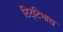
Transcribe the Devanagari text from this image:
टिट्‌टिभाद्य